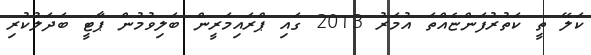
ކަލޭ ތީ ކަތުރުފަންޏެއްތަ އުމަރު 2013 ގައި ޕްރައިމަރީން ބަލިވުމުން ޕާޓީ ބަދަލުކުރި